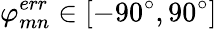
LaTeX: \varphi_{mn}^{err}\in[-90^{\circ},90^{\circ}]